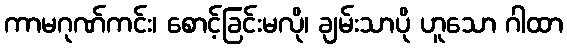
ကာမဂုဏ်ကင်း၊ စောင့်ခြင်းမလို၊ ချမ်းသာပို ဟူသော ဂါထာ